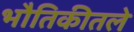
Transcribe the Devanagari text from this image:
भौतिकीतले